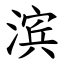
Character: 滨